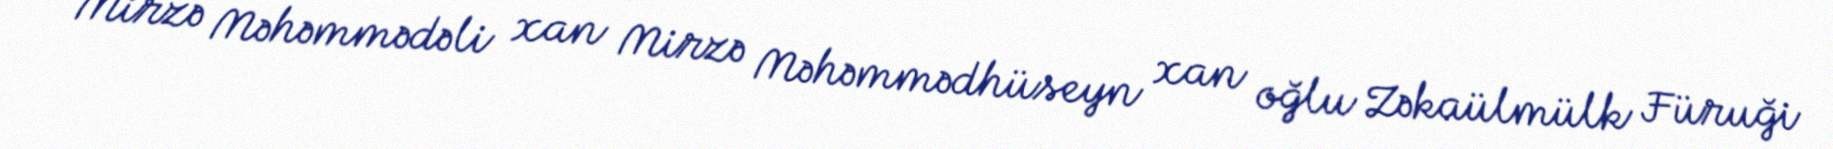
Mirzə Məhəmmədəli xan Mirzə Məhəmmədhüseyn xan oğlu Zəkaülmülk Füruği